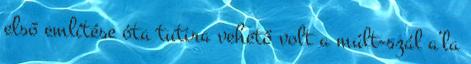
első említése óta tutira vehető volt a múlt-szál a’la